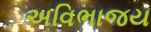
અવિભાજય